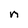
Character: n